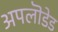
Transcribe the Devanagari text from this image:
अपलॊडेड